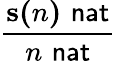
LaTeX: \frac{\mathbf{s(}n\mathbf{)}\, \, {\mathsf{nat}}}{n\, \, {\mathsf{nat}}}